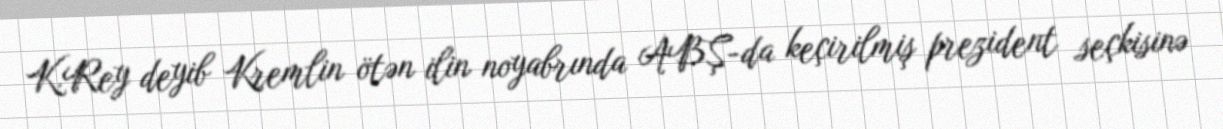
K.Rey deyib Kremlin ötən ilin noyabrında ABŞ-da keçirilmiş prezident seçkisinə